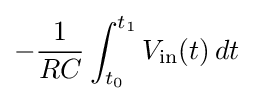
-{\frac {1}{RC}}\int _{t_{0}}^{t_{1}}V_{\text{in}}(t)\,dt